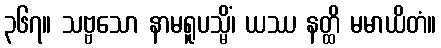
၃၆၇။ သဗ္ဗသော နာမရူပသ္မိံ၊ ယဿ နတ္ထိ မမာယိတံ။